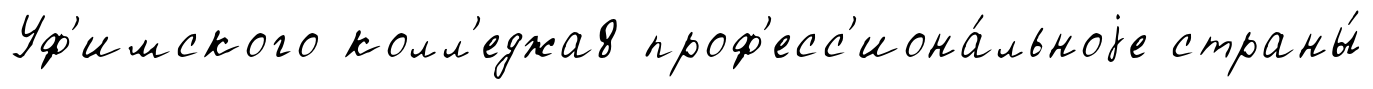
Уф'имского колл'еджа8 проф'есс'иона́льноjе страны́